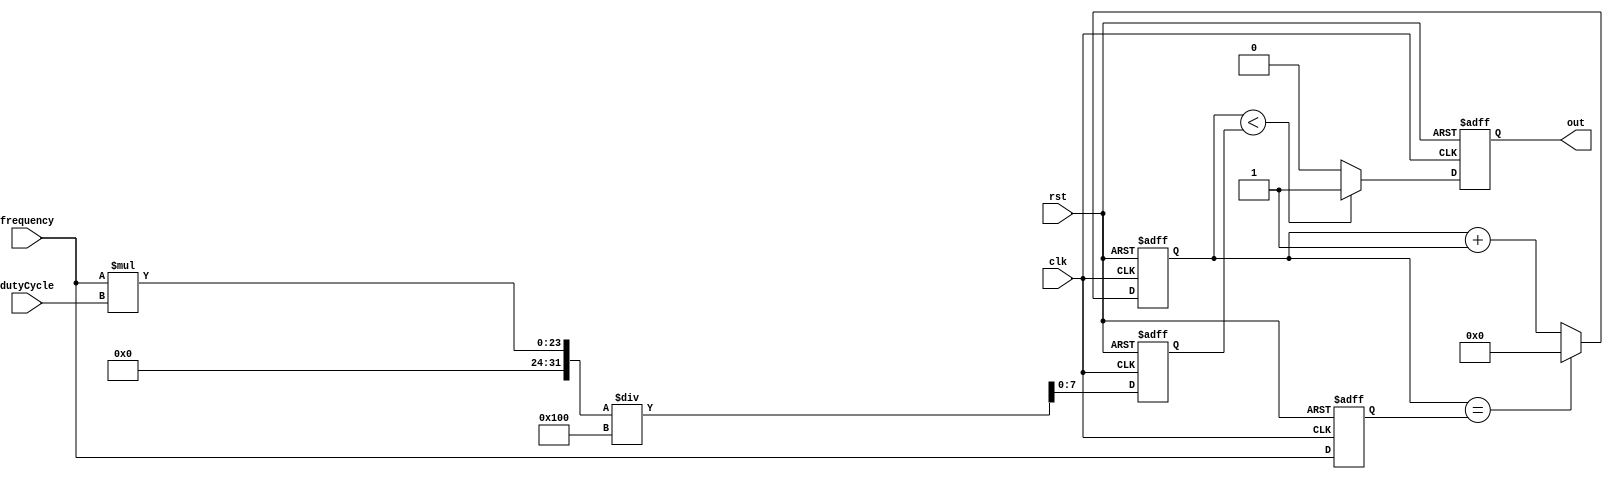
module PeriodicTimer (
    input wire clk, // clock input
    input wire rst, // reset input
    input wire [15:0] frequency, // frequency input
    input wire [7:0] dutyCycle, // duty cycle input
    output reg out // output signal
);

reg [15:0] count; // counter to keep track of time
reg [15:0] period; // period of the signal
reg [7:0] highTime; // high time of the signal

// Synchronization block to ensure precise timing and signal generation
always @(posedge clk or posedge rst) begin
    if (rst) begin
        count <= 16'b0;
        out <= 1'b0;
    end else begin
        count <= count + 1;
        if (count == period) begin
            count <= 16'b0;
        end
        if (count < highTime) begin
            out <= 1'b1;
        end else begin
            out <= 1'b0;
        end
    end
end

// Adjust the output signal based on frequency and duty cycle inputs
always @(posedge clk or posedge rst) begin
    if (rst) begin
        period <= 16'b0;
        highTime <= 8'b0;
    end else begin
        period <= frequency;
        highTime <= (frequency * dutyCycle) / 256;
    end
end

endmodule